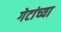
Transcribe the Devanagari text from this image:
गेटांच्या